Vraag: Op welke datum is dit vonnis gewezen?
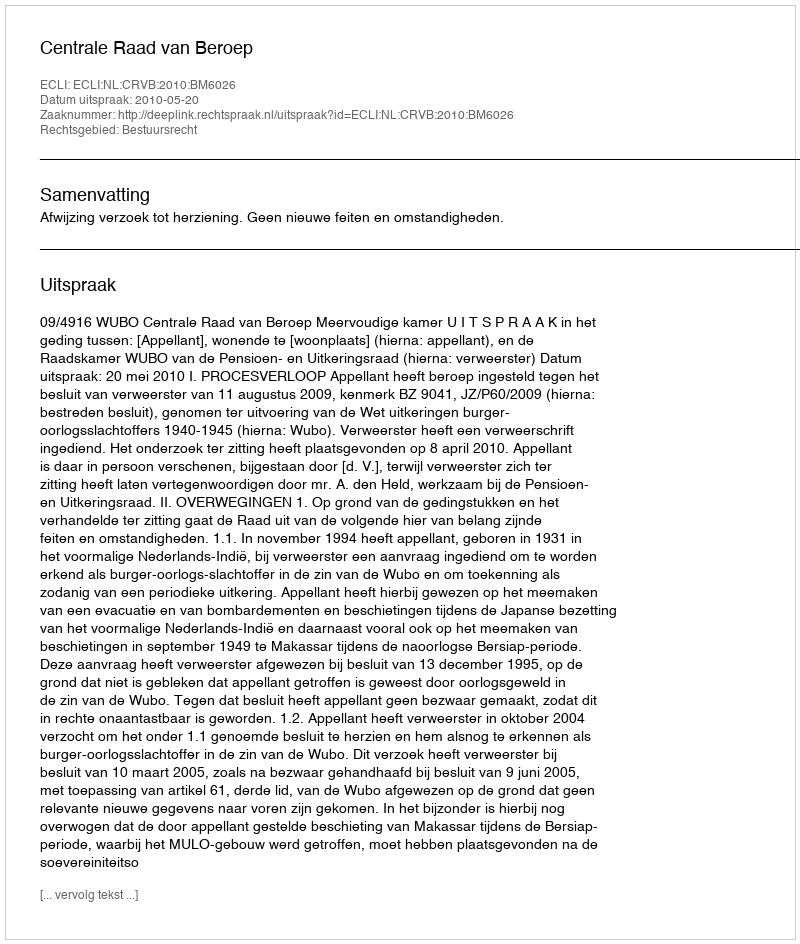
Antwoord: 2010-05-20